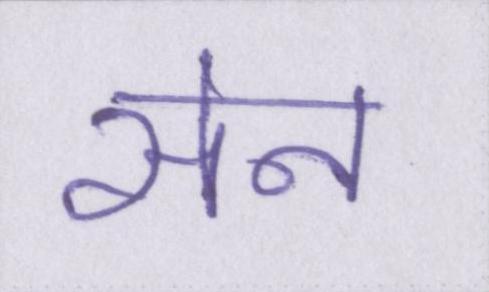
सेन